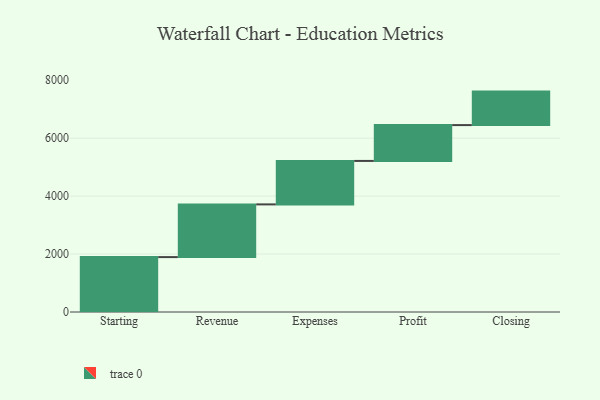
{"axis": {"x": "Step", "y": "Value"}, "legend": [""], "data": [{"x": "Starting", "y": 1895.0, "type": ""}, {"x": "Revenue", "y": 1819.0, "type": ""}, {"x": "Expenses", "y": 1500.0, "type": ""}, {"x": "Profit", "y": 1237.0, "type": ""}, {"x": "Closing", "y": 1156.0, "type": ""}]}